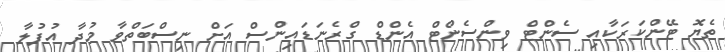
ތެޔޮ ޓޭންކަރަކާއި ސެންޓް ވިންސެންޓް އެންޑް ގްރެނަޑައިންސް އަށް ނިސްބަތްވާ މުދާ އުފުލާ